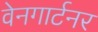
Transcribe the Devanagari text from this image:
वेनगार्टनर